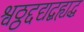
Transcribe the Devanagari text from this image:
श्वठ्ठद्दद्यद्बह्यद्ध